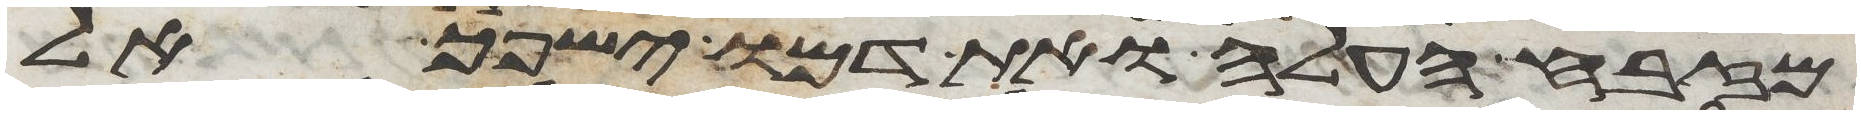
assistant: מזבח העלה ואת דמו ישפך אל